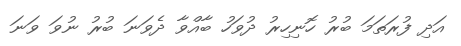
އަދި ފުރަތަމަ ބުރު ހޮނިހިރު ދުވަހު ބާއްވާ ދެވަނަ ބުރު ނުވަ ވަނަ